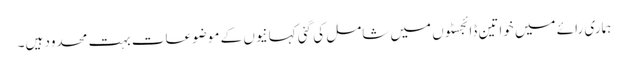
ہماری رائے میں خواتین ڈائجسٹوں میں شامل کی گئی کہانیوں کے موضوعات بہت محدود ہیں۔